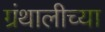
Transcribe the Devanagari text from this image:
ग्रंथालीच्‍या